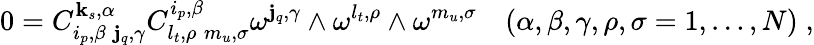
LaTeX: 0=C_{i_{p},\beta\; \mathbf{j}_{q},\gamma}^{\mathbf{k}_{s},\alpha}C_{l_{t},\rho\; m_{u},\sigma}^{i_{p},\beta}\omega^{\mathbf{j}_{q},\gamma}\wedge\omega^{l_{t},\rho}\wedge\omega^{m_{u},\sigma}\quad(\alpha,\beta,\gamma,\rho,\sigma=1,\ldots,N)\; ,